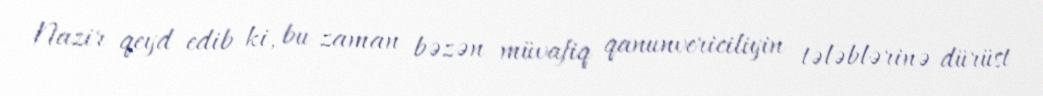
Nazir qeyd edib ki, bu zaman bəzən müvafiq qanunvericiliyin tələblərinə dürüst